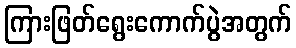
ကြားဖြတ်ရွေးကောက်ပွဲအတွက်